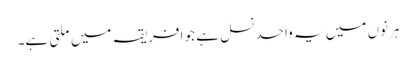
ہرنوں میں یہ واحد نسل ہے جو افریقہ میں ملتی ہے۔